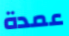
عمدة